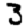
Digit: 3